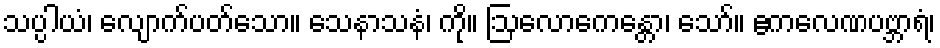
သပ္ပါယံ၊ လျောက်ပတ်သော။ သေနာသနံ၊ ကို။ ဩလောကေန္တော၊ သော်။ ဧကလေဏပဗ္ဘာရံ၊